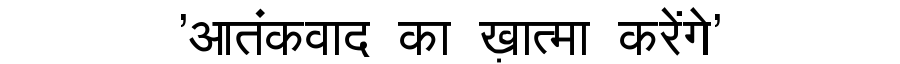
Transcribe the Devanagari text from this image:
'आतंकवाद का ख़ात्मा करेंगे'